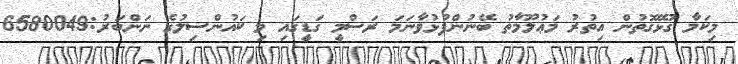
މިކަމާ ގުޅޭގޮތުން އިތުރު މަޢުލޫމާތު ބޭނުންފުޅުވާނަމަ ރަސްމީ ގަޑީގައި މި ކައުންސިލުގެ ނަންބަރު:6580049